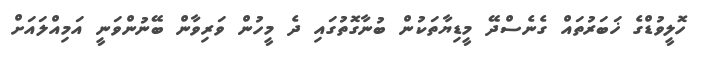
ހޮލީވުޑްގެ ޚަބަރުތައް ގެނެސްދޭ މީޑިޔާތަކުން ބުނާގޮތުގައި ދެ މީހުން ވަރިވާން ބޭނުންވަނީ އަމިއްލައަށް